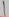
Text: 1